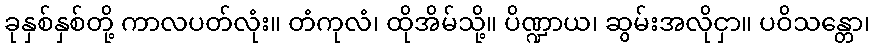
ခုနှစ်နှစ်တို့ ကာလပတ်လုံး။ တံကုလံ၊ ထိုအိမ်သို့။ ပိဏ္ဍာယ၊ ဆွမ်းအလိုငှာ။ ပဝိသန္တော၊